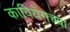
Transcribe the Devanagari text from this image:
कावियेंगच्या